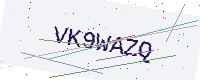
Text: VK9WAZQ